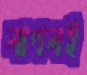
লাগলই